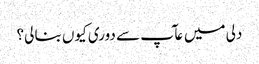
دلی میں عآپ سے دوری کیوں بنا لی؟